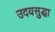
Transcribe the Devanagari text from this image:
उदयसुद्धा